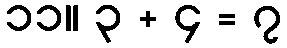
၁၁။ ၃ + ၄ = ၇